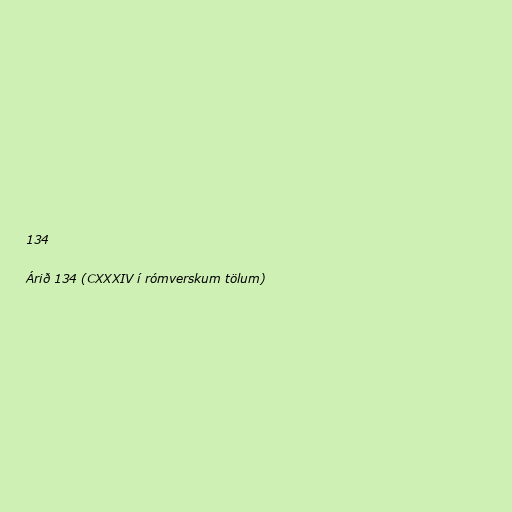
134

Árið 134 (CXXXIV í rómverskum tölum)